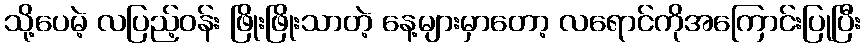
သို့ပေမဲ့ လပြည့်ဝန်း ဖြိုးဖြိုးသာတဲ့ နေ့များမှာတော့ လရောင်ကိုအကြောင်းပြုပြီး